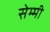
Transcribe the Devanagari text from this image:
सेम्मी